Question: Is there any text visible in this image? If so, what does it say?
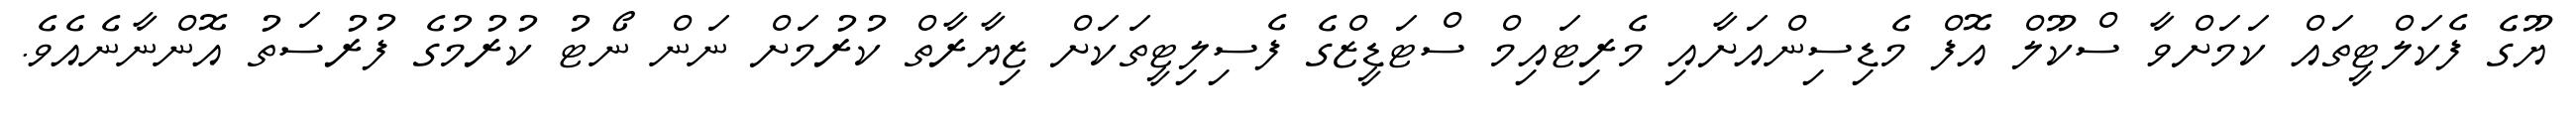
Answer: ޔޫގެ ފެކަލްޓީތައް ކަމަށްވާ ސްކޫލް އޮފް މެޑިސިންއަށާއި މެރިޓައިމް ސްޓަޑީޒްގެ ފެސިލިޓީތަކަށް ޒިޔާރާތް ކުރުމަށް ނަން ނޯޓު ކުރުމުގެ ފުރުސަތު އޮންނާނެއެވެ.